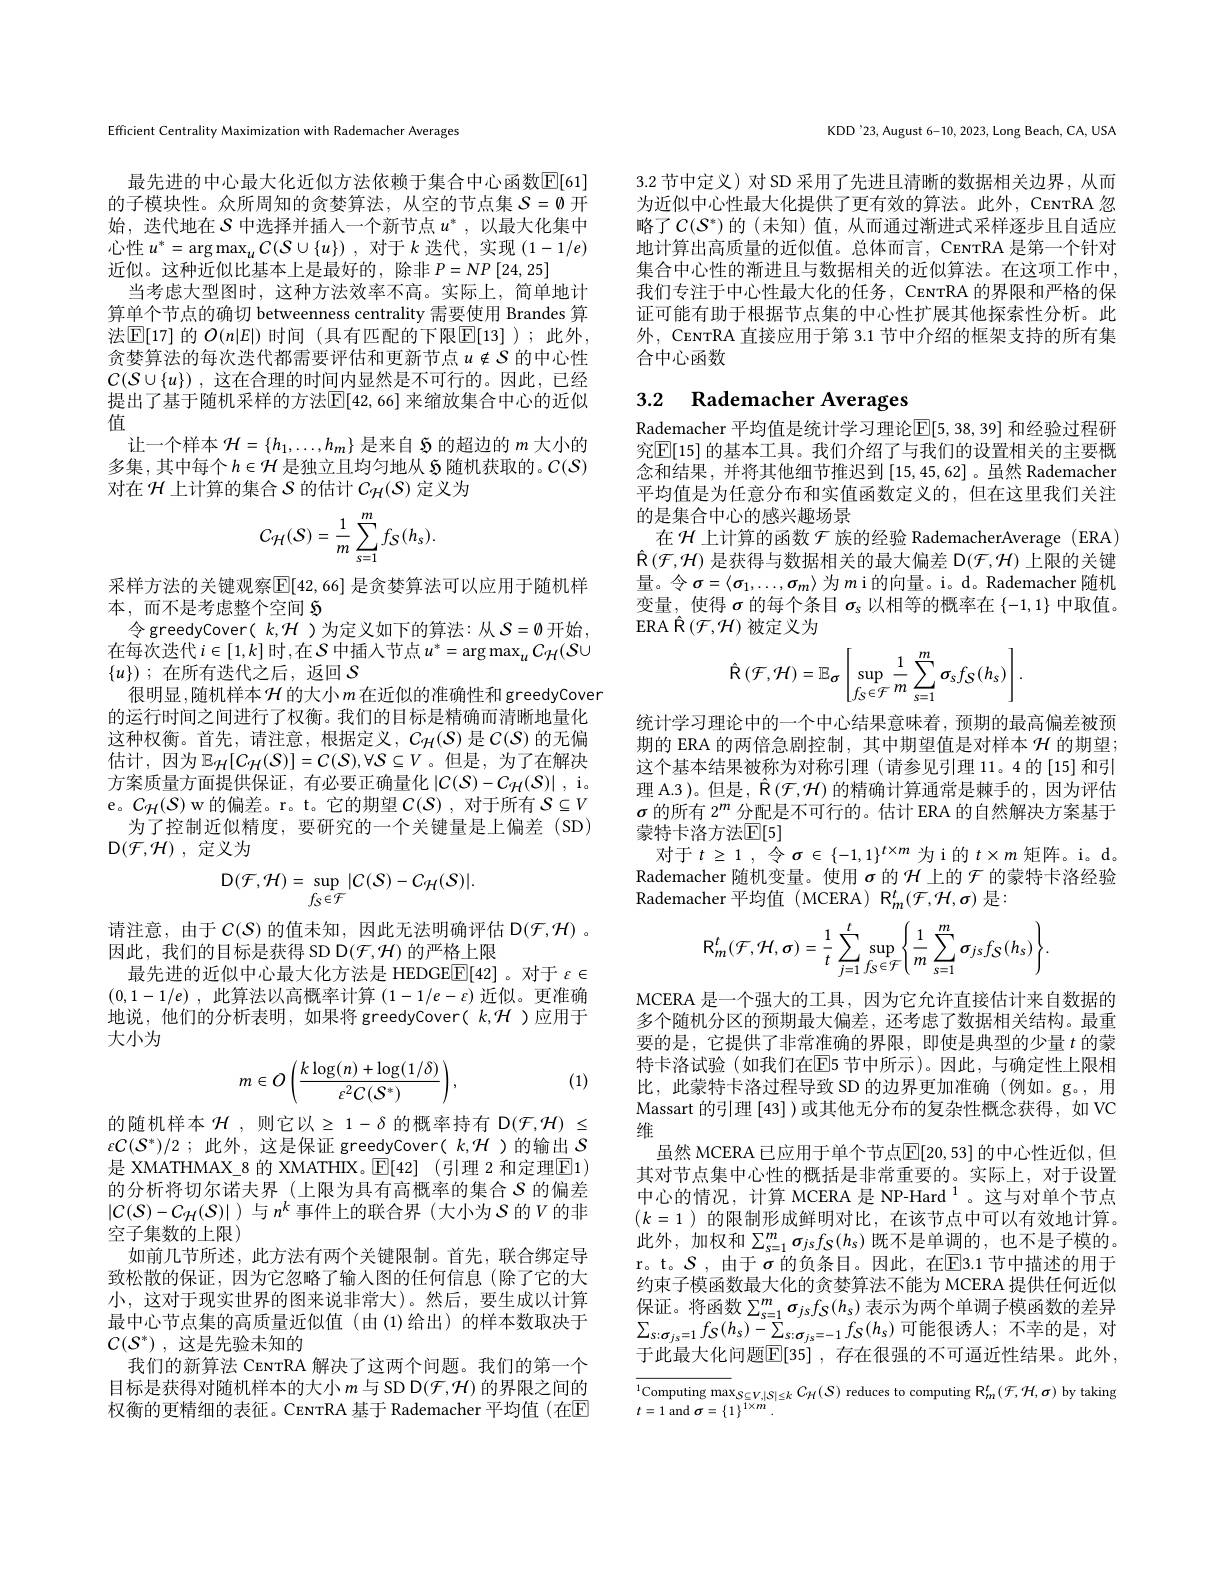
Efficient Centrality Maximization with Rademacher Averages

最先进的中心最大化近似方法依赖于集合中心函数$\mathbb{E}[61]$ 的子模块性。众所周知的贪婪算法，从空的节点集$S=\emptyset$开始，迭代地在$S$中选择并插人一个新节点$u^*$,以最大化集中心性$u^* = \arg \max _uC( S\cup \{ u\} )$ ,对于$k$迭代，实现$(1-1/e)$ 近似。这种近似比基本上是最好的，除非$P=NP[24,25]$
当考虑大型图时，这种方法效率不高。实际上，简单地计算单个节点的确切 betweenness centrality 需要使用 Brandes 算法$\mathbb{E}[$17]的 $O(n|E|)$ 时间 (具有匹配的下限$\mathbb{E}[13]$ );此外， 贪婪算法的每次迭代都需要评估和更新节点$u\notin\mathcal{S}$的中心性$\mathcal{C} ( \mathcal{S} \cup \{ u\} )$ ,这在合理的时间内显然是不可行的。因此，已经提出了基于随机采样的方法$\mathbb{E}[42,66]$ 来缩放集合中心的近似值
让一个样本$\mathcal{H}=\{h_1,\ldots,h_m\}$是来自$\mathfrak{S}$的超边的$m$大小的多集，其中每个$h\in\mathcal{H}$是独立且均匀地从$\tilde{5}$随机获取的。$C(\mathcal{S})$ 对在$\mathcal{H}$上计算的集合$S$的估计$C_H(\mathcal{S})$定义为
$$C_{\mathcal{H}}(\mathcal{S})=\frac{1}{m}\sum_{s=1}^{m}f_{\mathcal{S}}(h_{s}).$$
采样方法的关键观察$\overline{\mathbb{E}}[42,66]$ 是贪婪算法可以应用于随机样
本，而不是考虑整个空间$\mathfrak{5}$
令 greedyCover( $k,\mathcal{H}$ )为定义如下的算法：从$\mathcal{S}=\emptyset$开始 , 在每次迭代$i\in[1,k]$时，在$\mathcal S$中插入节点$u^*=\arg\max_uC_{\mathcal H}(S\cup$ $\{ u\} )$ ;在所有迭代之后，返回$S$
很明显，随机样本$\mathcal H$ 的大小$m$在近似的准确性和 greedyCover 的运行时间之间进行了权衡。我们的目标是精确而清晰地量化这种权衡。首先，请注意，根据定义，$C_{\mathcal{H}}(\mathcal{S})$是$C(\mathcal{S})$的无偏估计，因为$\mathbb{E}_{\mathcal{H}}[C_{\mathcal{H}}(\mathcal{S})]=C(\mathcal{S}),\forall\mathcal{S}\subseteq V$。但是，为了在解决方案质量方面提供保证，有必要正确量化$\left|C(S)-C_{\mathcal{H}}(S)\right|$,i。e。$C_{\mathcal{H}}(\mathcal{S})$ w 的偏差。r。t。它的期望$C(\mathcal{S})$ ,对于所有$\mathcal{S}\subseteq V$
为了控制近似精度，要研究的一个关键量是上偏差(SD)
${\mathcal{D} }( {\mathcal{F} }, {\mathcal{H} })$ , ${\text{定 义 为 }}$
$$\mathrm{D}(\mathcal{F},\mathcal{H})=\sup_{f_{S}\in\mathcal{F}}|C(\mathcal{S})-C_{\mathcal{H}}(\mathcal{S})|.$$
请注意，由于$C(\mathcal{S})$的值未知 ,因此无法明确评估 D$(\mathcal{F},\mathcal{H})$ 。
因此，我们的目标是获得 SD D$(\mathcal{F},\mathcal{H})$的严格上限
最先进的近似中心最大化方法是 HEDGE$\boxed{\mathbb{E}}[42]$ 。对于$\varepsilon\in$ $( 0, 1- 1/ e)$ ,此算法以高概率计算 $(1-1/e-\varepsilon)$ 近似。更准确地说，他们的分析表明，如果将 greedyCover( $k,\mathcal{H}$ )应用于大小为
$$m\in O\left(\frac{k\log(n)+\log(1/\delta)}{\varepsilon^2C(S^*)}\right),$$
(1)

的随机样本$\mathcal{H}$,则它以$\geq1-\delta$的概率持有 D$(\mathcal{F},\mathcal{H})\leq$ $\varepsilon C( S^{* }) / 2$ ; $此 外 $, 这是保证 $greedyCover($ $k, H$ )的输出$S$ 是 XMATHMAX\_8 的 XMATHIX。$\mathbb{E} [ 42]$ (引理 2 和定理$\boxed{\mathrm{F}}1)$ 的分析将切尔诺夫界(上限为具有高概率的集合$S$的偏差$|C(S)-C_{\mathcal{H}}(S)|$ )与$n^k$事件上的联合界 (大小为$S$的$V$的非空子集数的上限)
如前几节所述，此方法有两个关键限制。首先，联合绑定导致松散的保证，因为它忽略了输人图的任何信息(除了它的大小，这对于现实世界的图来说非常大)。然后，要生成以计算最中心节点集的高质量近似值(由(1)给出)的样本数取决于${\mathcal{C} }( {\mathcal{S} }^* )$ , ${\text{这 是 先 验 未 知 的 }}$
我们的新算法 CENTRA 解决了这两个问题。我们的第一个目标是获得对随机样本的大小$m$与 SD D($\mathcal{F},\mathcal{H})$的界限之间的权衡的更精细的表征。CENTRA 基于 Rademacher 平均值(在$\mathbb{E}$

KDD'23, August 6-10, 2023, Long Beach, CA, USA

3.2 节中定义) 对 SD 采用了先进且清晰的数据相关边界，从而为近似中心性最大化提供了更有效的算法。此外，CENTRA 忽略了$C(\mathcal{S}^*)$ 的 (未知)值，从而通过渐进式采样逐步且自适应地计算出高质量的近似值。总体而言，CENTRA 是第一个针对集合中心性的渐进且与数据相关的近似算法。在这项工作中， 我们专注于中心性最大化的任务，CENTRA 的界限和严格的保证可能有助于根据节点集的中心性扩展其他探索性分析。此外，CENTRA 直接应用于第 3.1 节中介绍的框架支持的所有集合中心函数

## 3.2 Rademacher Averages

Rademacher 平均值是统计学习理论$\boxed{\mathbb{E}}[5,38,39]$ 和经验过程研究$\mathbb{E}[15]$ 的基本工具。我们介绍了与我们的设置相关的主要概念和结果，并将其他细节推迟到[15,45,62] 。虽然 Rademacher 平均值是为任意分布和实值函数定义的，但在这里我们关注的是集合中心的感兴趣场景
在$\mathcal{H}$上计算的函数$\mathcal{F}$族的经验 RademacherAverage (ERA) $\hat{\mathbb{R}}\left(\mathcal{F},\mathcal{H}\right)$是获得与数据相关的最大偏差 D$(\mathcal{F},\mathcal{H})$ 上限的关键量。令$\sigma=\langle\sigma_1,\ldots,\sigma_m\rangle$为$m$ i的向量。i。d。Rademacher 随机变量，使得$\sigma$的每个条目$\sigma_s$以相等的概率在$\{-1,1\}$中取值。$\operatorname{ERA}\hat{\mathcal{R}}\left(\mathcal{F},\mathcal{H}\right)$被定义为
$$\hat{\text{R}}\left(\mathcal{F},\mathcal{H}\right)=\mathbb{E}_{\sigma}\left[\sup_{f_{S}\in\mathcal{F}}\frac{1}{m}\sum_{s=1}^{m}\sigma_{s}f_{S}(h_{s})\right].$$
统计学习理论中的一个中心结果意味着，预期的最高偏差被预期的 ERA 的两倍急剧控制，其中期望值是对样本$\mathcal{H}$的期望； 这个基本结果被称为对称引理 (请参见引理 11。4 的[15] 和引理 A.3 )。但是 , $\hat{\mathcal{R}}\left(\mathcal{F},\mathcal{H}\right)$的精确计算通常是棘手的，因为评估$\sigma$的所有$2^m$分配是不可行的。估计 ERA 的自然解决方案基于蒙特卡洛方法$\mathbb{E}[5]$
对于$t\geq1$,令$\sigma\in\{-1,1\}^t\times m$为 i 的$t\times m$矩阵。i。d。Rademacher 随机变量。使用$\sigma$的$\mathcal{H}$上的$\mathcal{F}$的蒙特卡洛经验Rademacher 平均值(MCERA) R$_m^t(\mathcal{F},\mathcal{H},\sigma)$是：
$$\mathrm{R}_{m}^{t}(\mathcal{F},\mathcal{H},\sigma)=\frac{1}{t}\sum_{j=1}^{t}\sup_{f_{S}\in\mathcal{F}}\biggl\{\frac{1}{m}\sum_{s=1}^{m}\sigma_{js}f_{S}(h_{s})\biggr\}.$$
MCERA 是一个强大的工具，因为它允许直接估计来自数据的多个随机分区的预期最大偏差，还考虑了数据相关结构。最重要的是，它提供了非常准确的界限，即使是典型的少量$t$的蒙特卡洛试验(如我们在E5 节中所示)。因此，与确定性上限相比，此蒙特卡洛过程导致 SD 的边界更加准确(例如。g。,用Massart 的引理 [43] )或其他无分布的复杂性概念获得，如 VC 维
虽然 MCERA 已应用于单个节点$\mathbb{E}[20,53]$ 的中心性近似，但其对节点集中心性的概括是非常重要的。实际上，对于设置中心的情况，计算 MCERA 是 NP-Hard $^{1}$。这与对单个节点$(k=1)$的限制形成鲜明对比，在该节点中可以有效地计算。此外，加权和$\sum_s=1^m\sigma_{js}f_S(h_s)$ 既不是单调的，也不是子模的。r。t。$\mathcal{S}$,由于$\sigma$的负条目。因此，在$\overline{\mathrm{E}}$3.1 节中描述的用于约束子模函数最大化的贪婪算法不能为 MCERA 提供任何近似保证。将函数$\Sigma_{s=1}^m\sigma_{js}f_S(h_s)$表示为两个单调子模函数的差异$\sum_{s:\sigma_{js}=1}f_{S}(h_{s})-\sum_{s:\sigma_{js}=-1}f_{S}(h_{s})$可能很诱人；不幸的是，对于此最大化问题$\overline{\mathbb{E}}[35]$ ,存在很强的不可逼近性结果。此外，

$\overline{^1\text{Computing max}}_{\mathcal{S}\subseteq V,|\mathcal{S}|\leq k}C_H(S)$ reduces to computing $\mathbb{R}_m^t(\mathcal{F},\mathcal{H},\sigma)$ by taking
$t=1$ and $\sigma=\left\{1\right\}^{1\times m}$